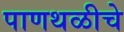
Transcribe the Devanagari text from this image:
पाणथळीचे